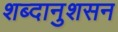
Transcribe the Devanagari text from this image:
शब्दानुशसन